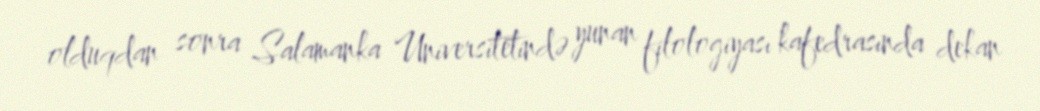
olduqdan sonra Salamanka Universitetində yunan filologiyası kafedrasında dekan